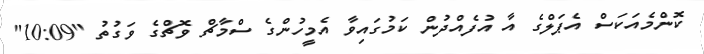
ކޮންމެއަކަސް އެޕަލްގެ އާ އުފެއްދުން ކަމުގައިވާ އެމީހުންގެ ސްމާޗް ވޮޗްގެ ވަގުތު "10:09"